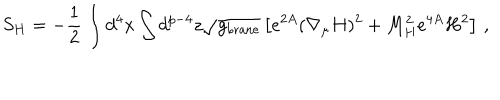
S _ { H } = - { \frac { 1 } { 2 } } \int d ^ { 4 } x \int d ^ { p - 4 } z \sqrt { g _ { \mathrm { b r a n e } } } \left[ e ^ { 2 A } ( \nabla _ { \mu } H ) ^ { 2 } + M _ { H } ^ { 2 } e ^ { 4 A } H ^ { 2 } \right] \, ,